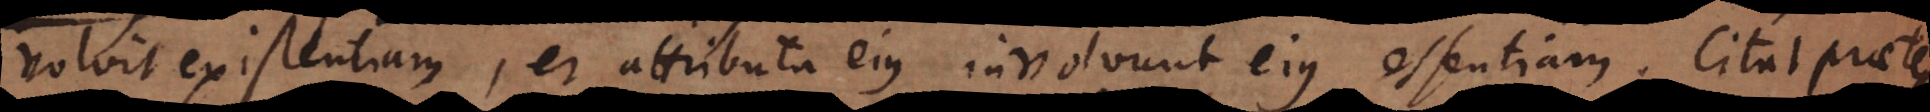
tiam, et attributa eius involvunt eius essentiam. Citat praeterea